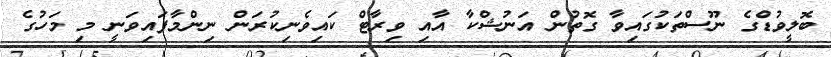
ބޮލީވުޑްގެ ނޫސްތަކުގައިވާ ގޮތުން އަނުޝްކާ އާއި ވިރާޓް ކައިވެނިކުރަން ނިންމާފައިވަނީ މި މަހުގެ